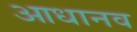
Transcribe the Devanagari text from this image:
आधानव